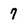
Character: 7